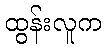
ထွန်းလူက